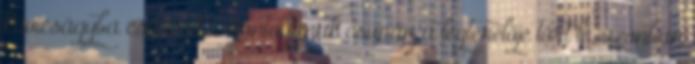
kavicságyba csúszott. Montoyának csupán a légterelője tört le, azonban